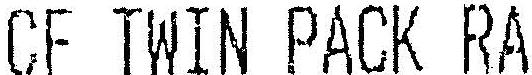
CF TWIN PACK RA